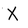
Character: X